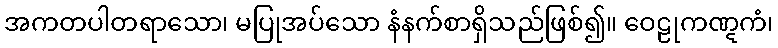
အကတပါတရာသော၊ မပြုအပ်သော နံနက်စာရှိသည်ဖြစ်၍။ ဝေဠုကဏ္ဋကံ၊